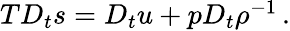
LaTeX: \begin{array}{r}{TD_{t}s=D_{t}u+pD_{t}\rho^{-1}\, .}\end{array}